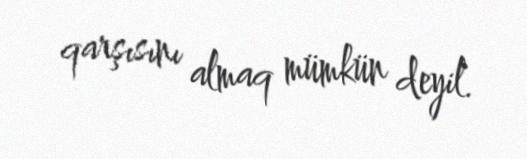
qarşısını almaq mümkün deyil.